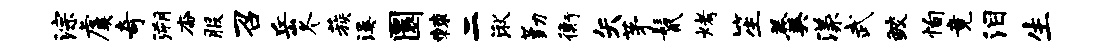
淙虞奇溯杳服召岳冬蔟溪圜棘二湫勤衡矢茅鬣烤笙羹漾武鲛恂竟泪生